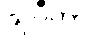
သုဂီတာ